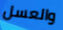
والعسل